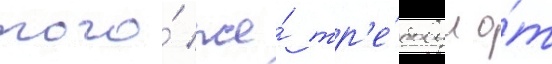
того́ же́ тр'е́бовал о́т